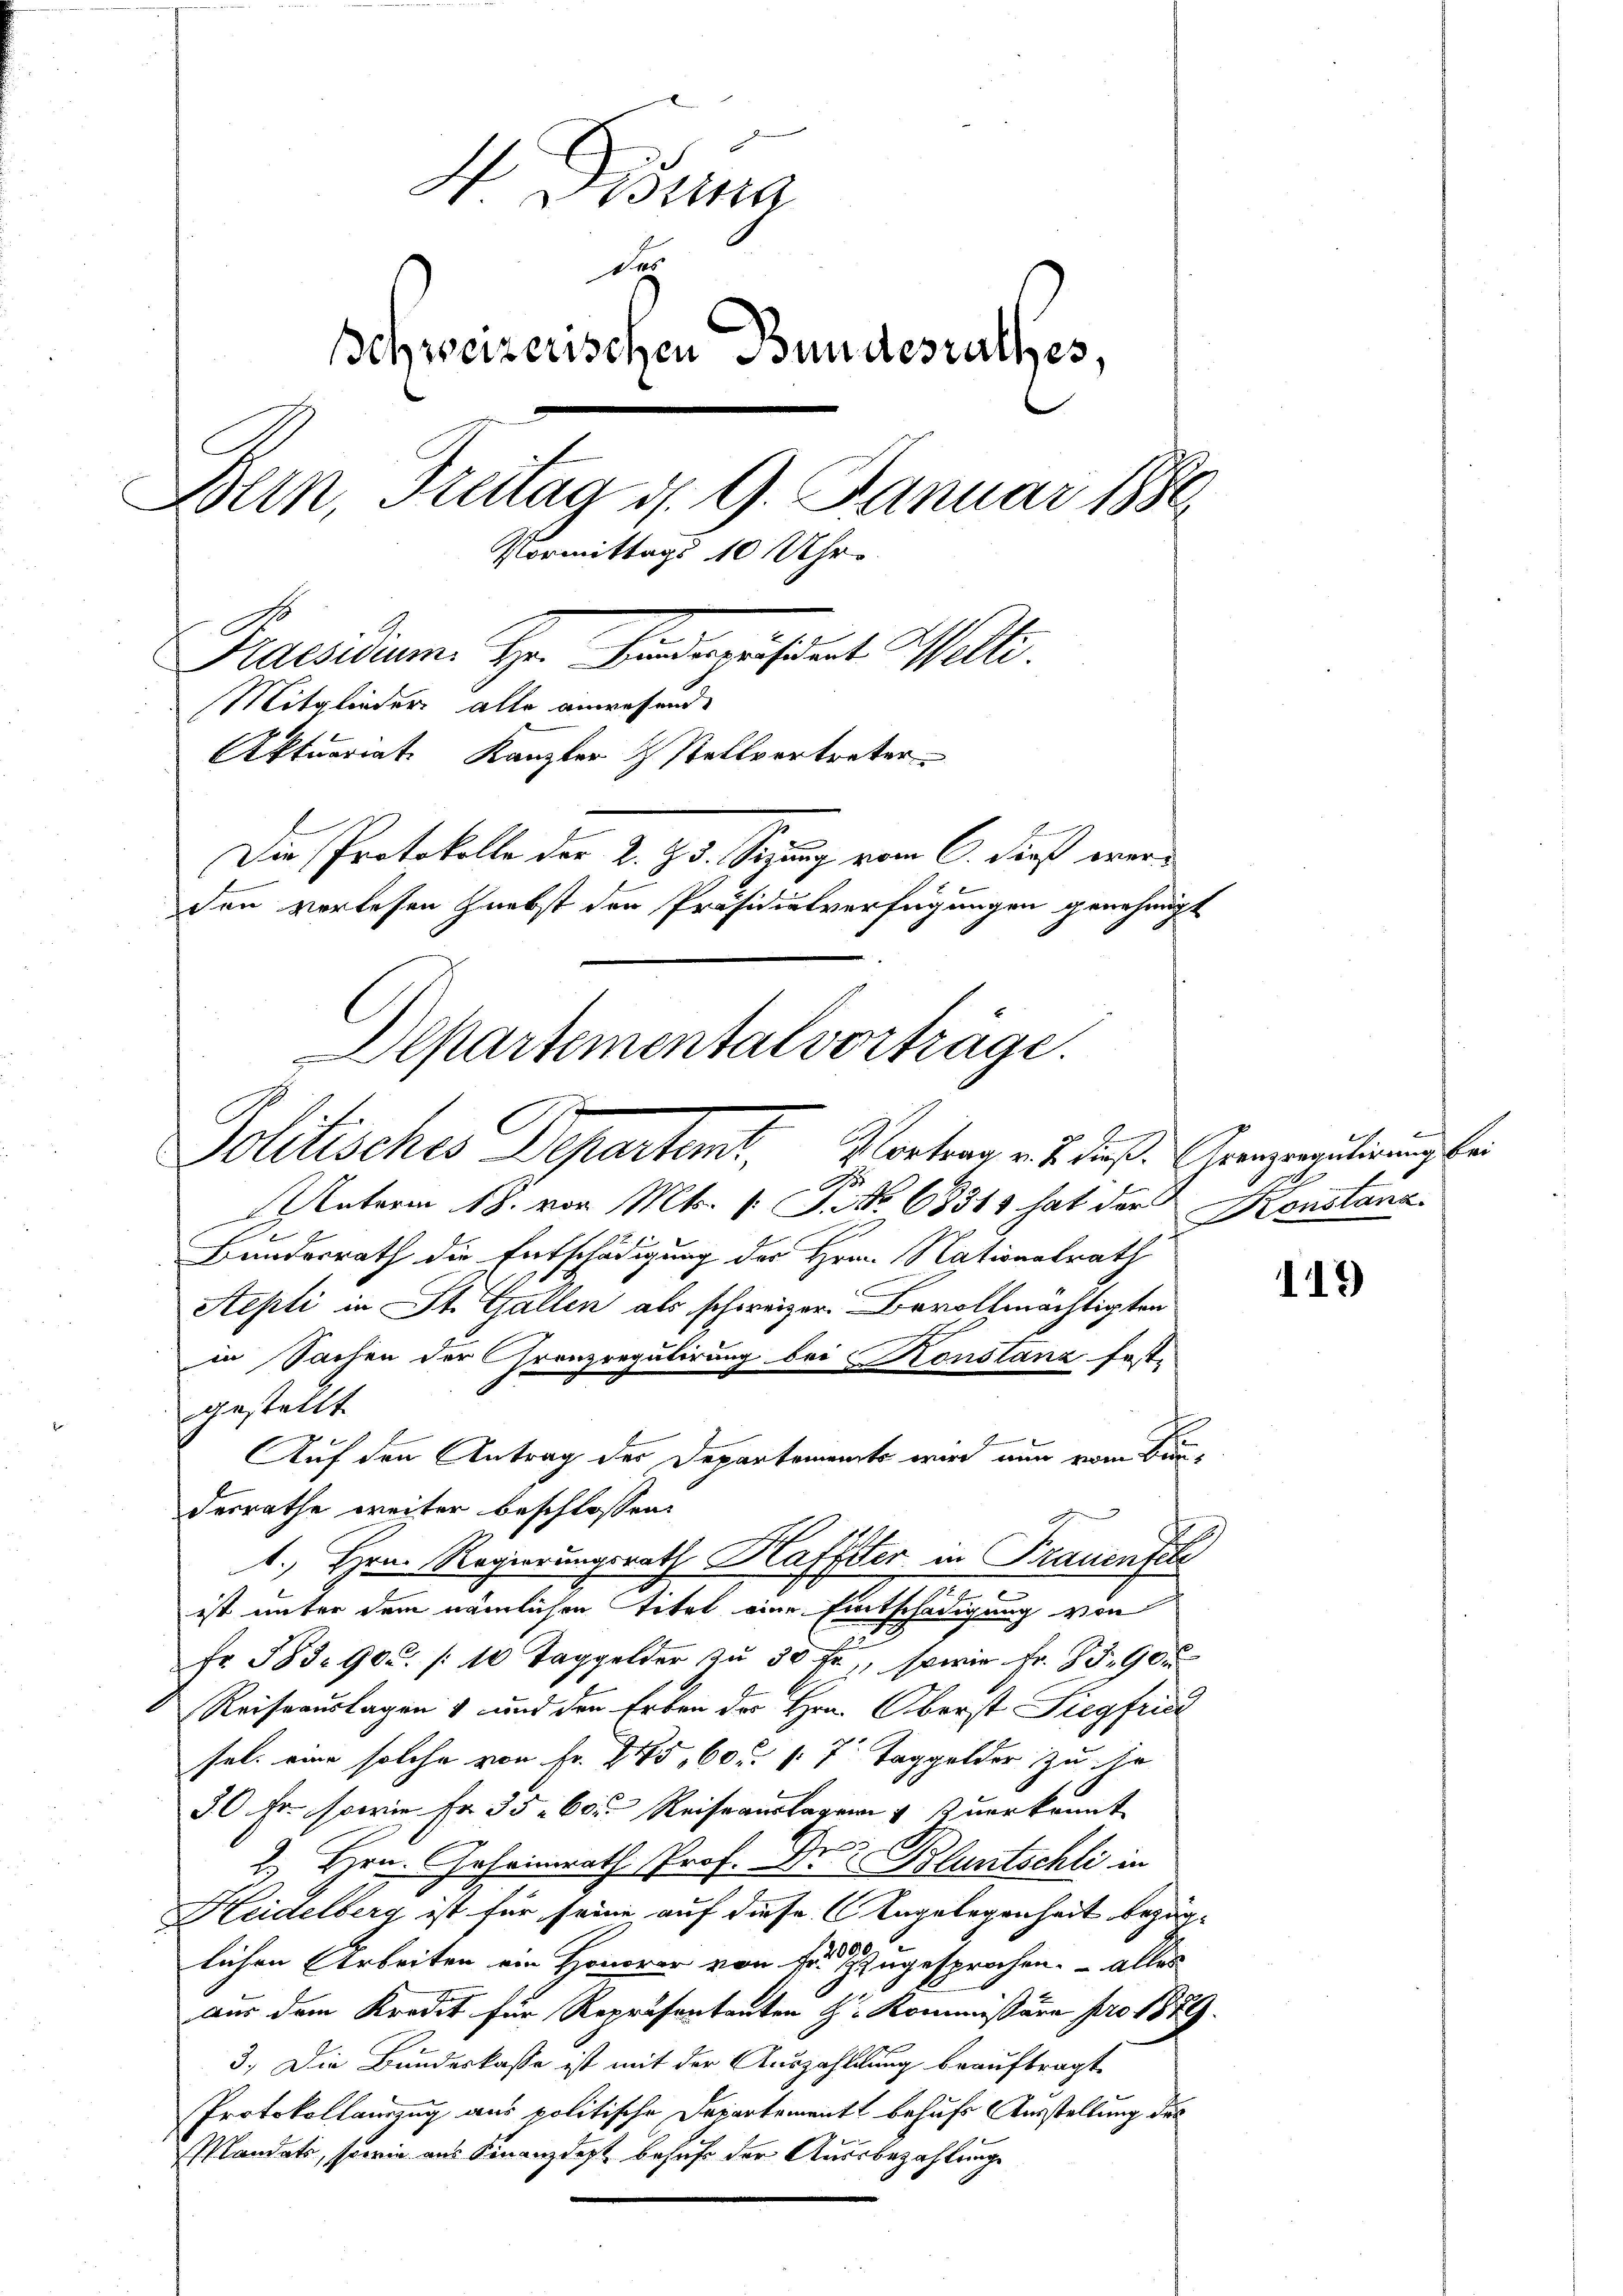
H Dosina
d
Schweizerischen Bundesrathes,
Bern, Freitag d. 9. Januar 1886
Vormittags 10 Uhr
Praesidium. Hr. Handerensdat. Walli
Mitglieder alle anwesende
Aktuariat. Kanzler & Stellvertreter
Die Protokolle der K. H. Seizung vom 6. dieß werden vorlesen nebst den Präsidialverfügungen genehmigt
Departemental vorträge.

Politisches Departet. Vortrag v. u. daß Grenzereuterung bei

A
Unterm 18. vor Mts. v. J. No. 68313 hat der
Bundesrath die Entschädigung des Hrn. Nationalrath
Sepli in St. Gallen als schweizer. Bevollmächtigten
in Sachen der Grenzregulirung bei Konstanz fest-
gestellte
Auf den Antrag der Departements wird nun vom Bundesrathe weiter beschlossen:
1. Hrn. Regierungsrath Haffter in Trauenfel
c
ist unter dem nämlichen Titel eine Entschädigung von
Fr. 583. 90. 10 Taggelder zŭ 30 fr., sowie fr. 85. 90
Reiseauslagen & und den Erben der Hrn. Oberst Siegfrie
sel. eine solche von Fr. 845, 605. 7 Taggelder zu ha
50 Fr. sowie Fr. 35. 60. Reiseauslager & Zuerkannt
2.) Bern. Geheimrath Prof. Dr E. Bluntschli in
Heidelberg ist für seine auf diese Angelegenheit bezüg¬
2
lichen Arbeiten ein Honorar von fr. zugesprochen. – alles
Aus dem Kredit für Repräsentanten H. Kommissäre pro 1889.
3. Die Bundeskasse ist mit der Auszahlung beauftragt,
Protokollauszug aus politische Departement behufs Ausstellung des
Mandats, sowie aus Finanzdest behufs der Ausbezahlungs

Konstanz

119